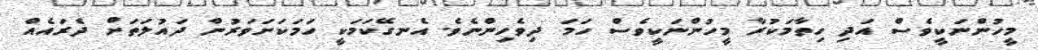
މީހުންނަކީވެސް އަދި ހިތާމަކުރާ މީހުންނަކީވެސް ހަމަ ދިވެހިންނެވެ. އެނގޭކަމަކީ ހަމަކަށަވަރުން ދައުލަތަށް ދެރައެއް